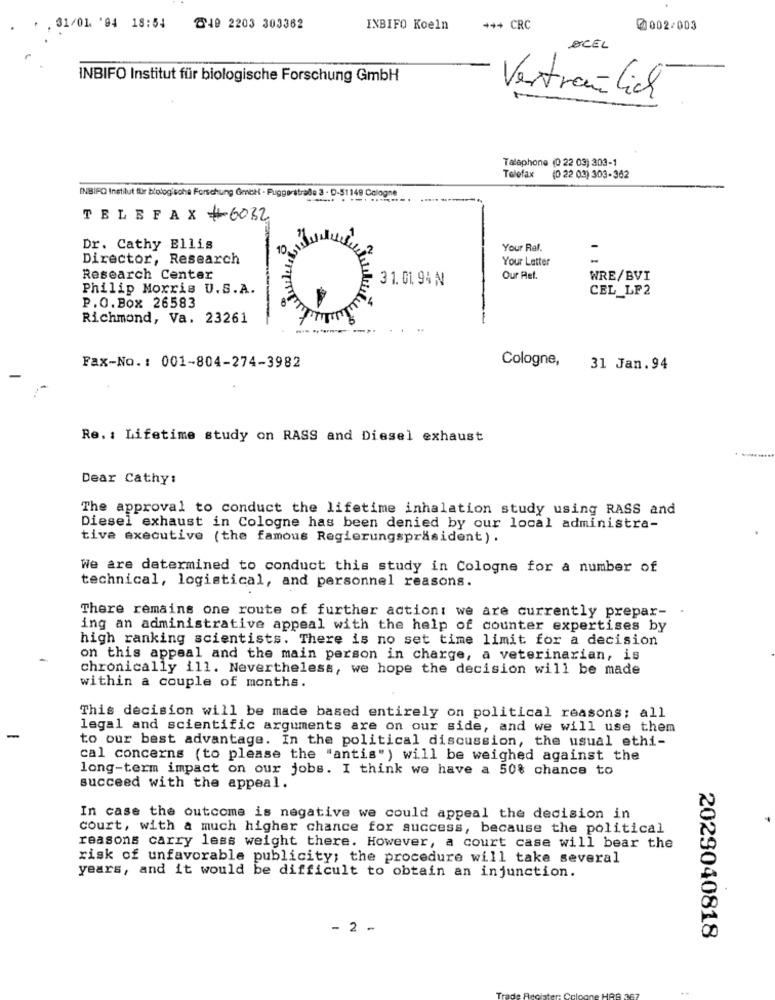
31/01. '94 18:54
@19 2203 303362
INBIFO Koeln
*** CRC
00002-003
ACEL
INBIFO Institut für biologische Forschung GmbH
Vertraulich
Talaphone (0 22 03) 303-1
Telefax
(0 22 03) 303-362
INBIFO Institut für biologische Forschung Gmbh - Fuggerstraße 3 - D-51149 Cologne
TELEFAX # 6032
Dr. Cathy Ellis
Your Ref.
Director, Research
Your Letter
Research Center
31. 01.94 N
Our Ref.
WRE/BVI
Philip Morris U.S.A.
CEL_LF2
P.O.Box 26583
Richmond, Va. 23261
Cologne,
Fax-No .: 001-804-274-3982
31 Jan.94
Re. : Lifetime study on RASS and Diesel exhaust
Dear Cathy:
The approval to conduct the lifetime inhalation study using RASS and
Diesel exhaust in Cologne has been denied by our local administra-
tive executive (the famous Regierungspräsident) .
We are determined to conduct this study in Cologne for a number of
technical, logistical, and personnel reasons.
There remains one route of further action: we are currently prepar-
ing an administrative appeal with the help of counter expertises by
high ranking scientists. There is no set time limit for a decision
on this appeal and the main person in charge, a veterinarian, is
chronically ill. Nevertheless, we hope the decision will be made
within a couple of months.
This decision will be made based entirely on political reasons; all
legal and scientific arguments are on our side, and we will use them
to our best advantage. In the political discussion, the usual ethi-
cal concerns (to please the "antis" ) will be weighed against the
long-term impact on our jobs. I think we have a 50% chance to
succeed with the appeal.
In case the outcome is negative we could appeal the decision in
court, with a much higher chance for success, because the political
reasons carry less weight there. However, a court case will bear the
risk of unfavorable publicity; the procedure will take several
years, and it would be difficult to obtain an injunction.
- 2 -
2029040818